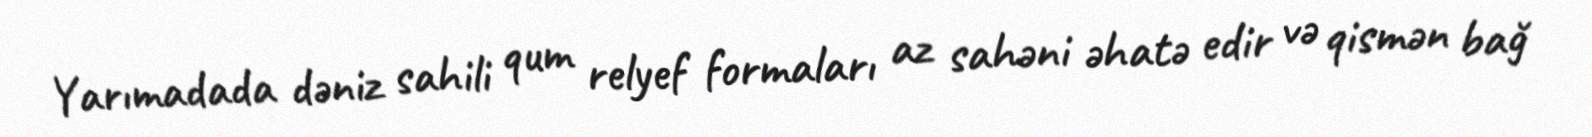
Yarımadada dəniz sahili qum relyef formaları az sahəni əhatə edir və qismən bağ